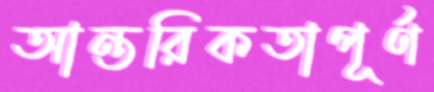
আন্তরিকতাপূর্ণ